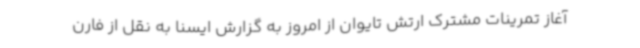
آغاز تمرینات مشترک ارتش تایوان از امروز به گزارش ایسنا به نقل از فارن